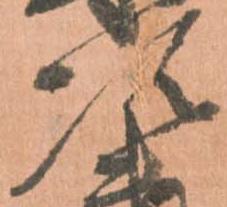
次